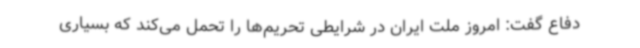
دفاع گفت: امروز ملت ایران در شرایطی تحریم‌ها را تحمل می‌کند که بسیاری